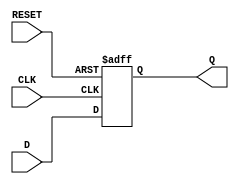
module d_flip_flop (
    input wire D,
    input wire CLK,
    input wire RESET,
    output reg Q
);

always @ (posedge CLK or posedge RESET)
begin
    if (RESET)
        Q <= 1'b0; // Reset state
    else
        Q <= D; // Store input data
end

endmodule